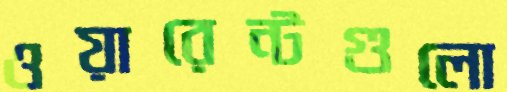
ওয়ারেন্টগুলো